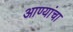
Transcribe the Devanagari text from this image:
आण्यांचा